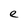
Character: e